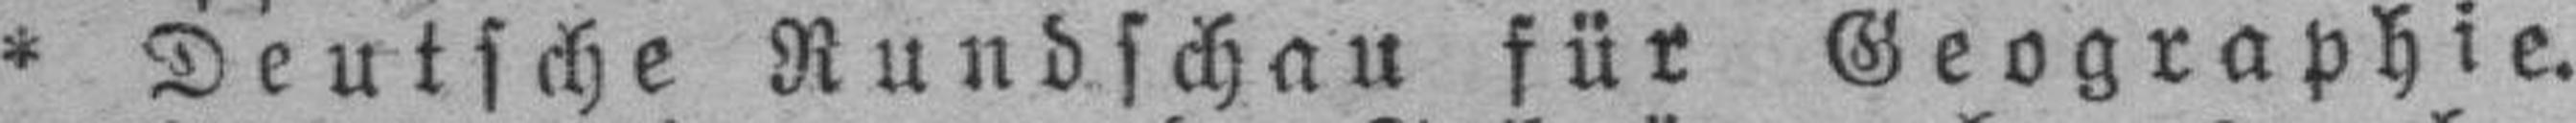
* Deutsche Rundschau für Geographie.